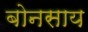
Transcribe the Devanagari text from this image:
बोनसाय